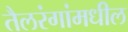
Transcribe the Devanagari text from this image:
तैलरंगांमधील